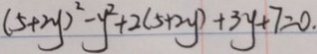
( 5 + 2 y ) ^ { 2 } - y ^ { 2 } + 2 ( 5 + 2 y ) + 3 y + 7 = 0 .